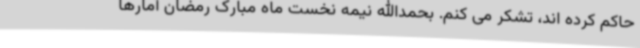
حاکم کرده اند، تشکر می کنم. بحمدالله نیمه نخست ماه مبارک رمضان آمارها